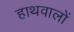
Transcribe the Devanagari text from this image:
हाथवालों